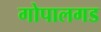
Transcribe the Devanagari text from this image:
गोपालगड